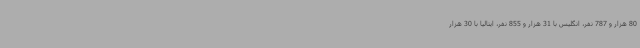
80 هزار و 787 نفر، انگلیس با 31 هزار و 855 نفر، ایتالیا با 30 هزار